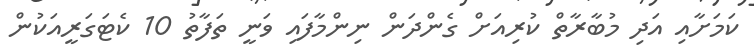
ކަމަށާއި އަދި މުބާރާތް ކުރިއަށް ގެންދަން ނިންމާފައި ވަނީ ތަފާތު 10 ކެޓަގަރީއަކުން